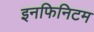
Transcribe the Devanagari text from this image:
इनफिनिटम